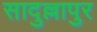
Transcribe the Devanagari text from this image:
सादुल्लापुर